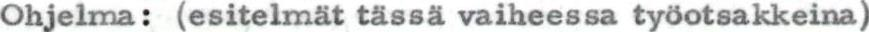
Ohjelma: (esitelmät tässä vaiheessa työotsakkeina)